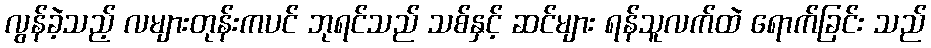
လွန်ခဲ့သည့် လများတုန်းကပင် ဘုရင်သည် သစ်နှင့် ဆင်များ ရန်သူလက်ထဲ ရောက်ခြင်း သည်